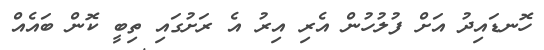
ހޮނޑައިދު އަށް ފުލުހުން އެރި އިރު އެ ރަށުގައި ތިބީ ކޮން ބައެއް